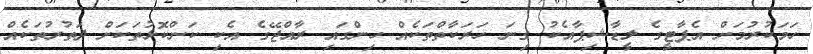
ހަމަކުރުމަށް އެޕާޓީގެ ލީޑާޝިޕާއެކު ގިނަ ހަރަކާތްތަކެއް ހިންގައި ރާއްޖޭގެ އެކި ކަންކޮޅުތަކަށް ދަތުރުތަކެއް